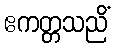
ဧကတ္တသညိံ